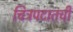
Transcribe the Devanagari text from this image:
चित्रपटातची